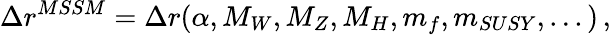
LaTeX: \Delta r^{MSSM}=\Delta r(\alpha,M_{W},M_{Z},M_{H},m_{f},m_{SUSY},...)\, ,